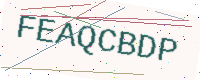
Text: FEAQCBDP